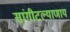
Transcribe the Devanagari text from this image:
सांगीटल्याणाय